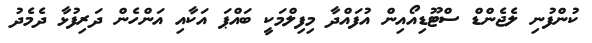
ކުންފުނި ލެޖެންޑް ސްޓޫޑިއޯއިން އުފައްދާ މިފިލްމަކީ ބައްޕަ އަކާއި އަންހެން ދަރިފުޅާ ދެމެދު